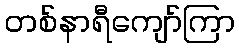
တစ်နာရီကျော်ကြာ